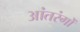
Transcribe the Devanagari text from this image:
आंतरंगों